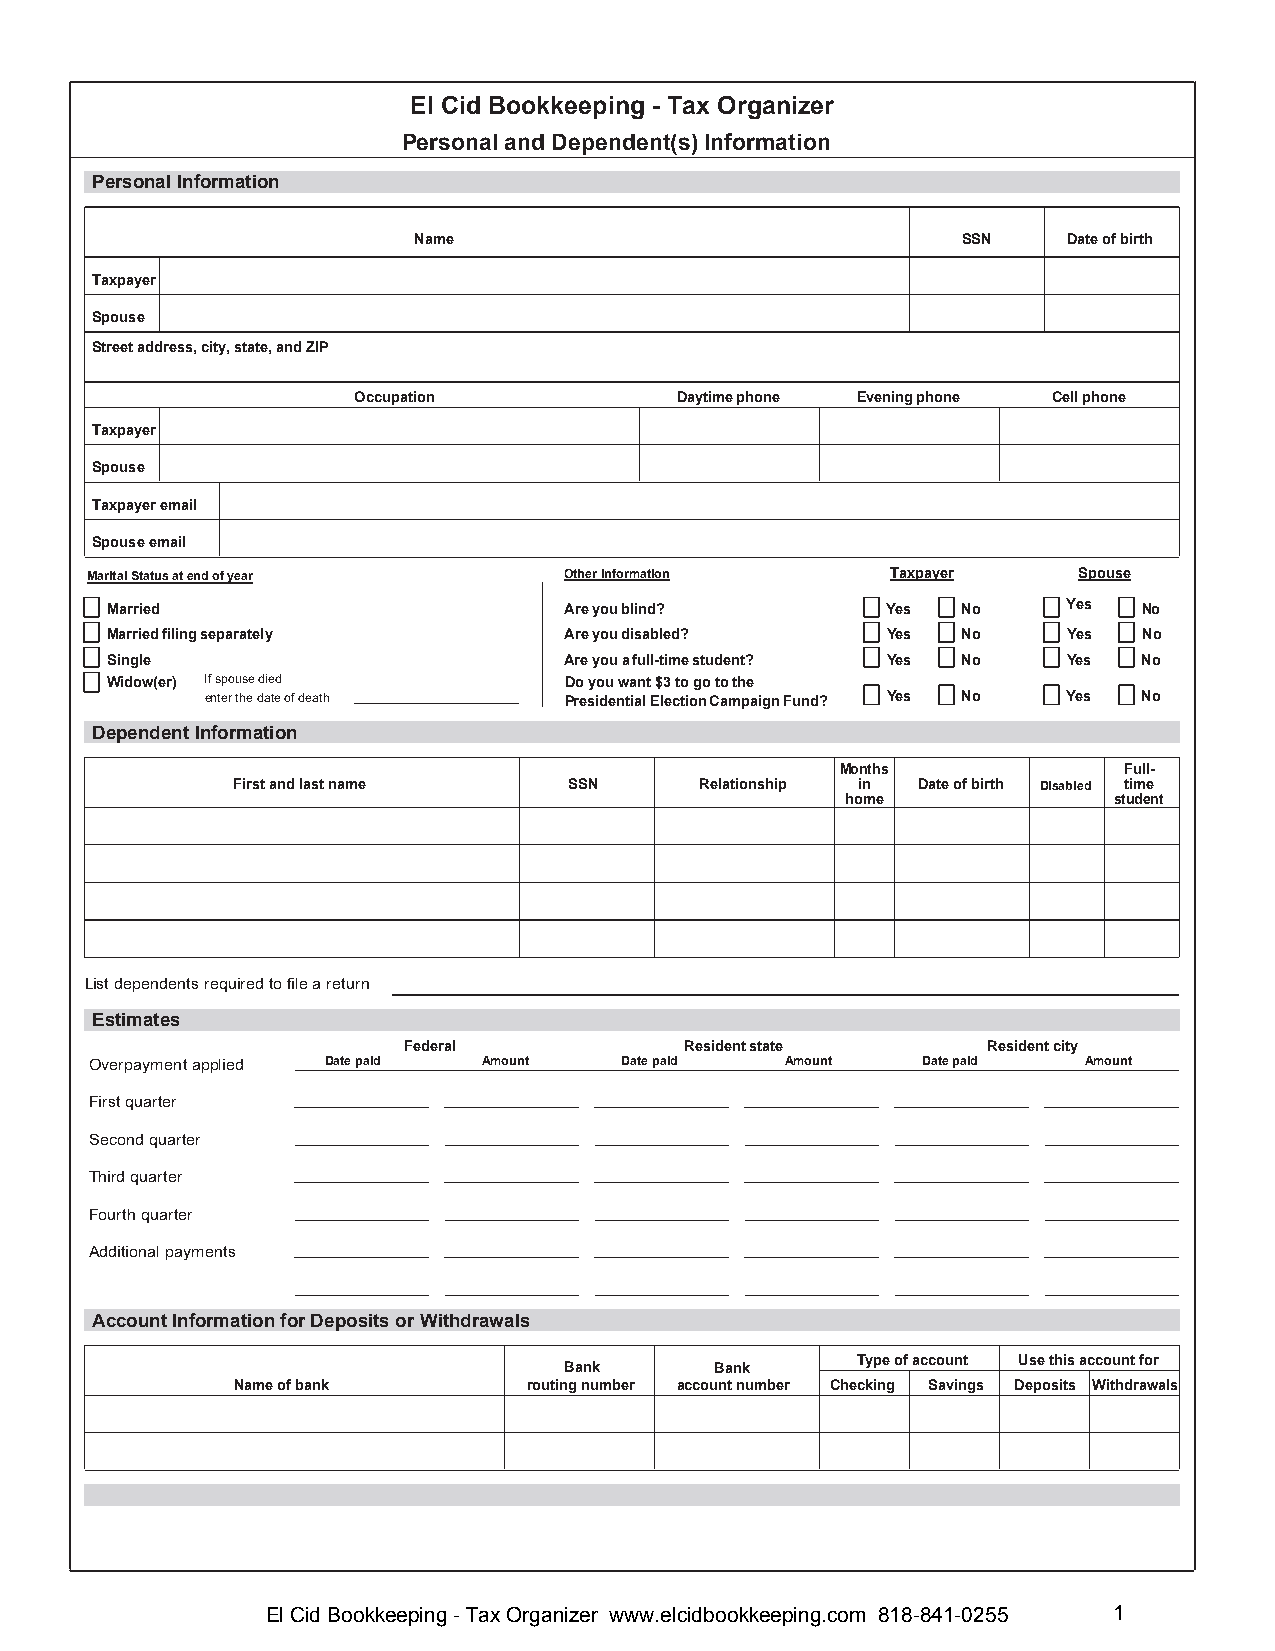
El Cid Bookkeeping - Tax Organizer
 Personal and Dependent(s) Information
 Personal Information
 Name                                 SSN    Date of birth
 Taxpayer
 Spouse
 Street address, city, state, and ZIP
 Occupation            Daytime phone Evening phone Cell phone
 Taxpayer
 Spouse
 Taxpayer email
 Spouse email
 Marital Status at end of year  Other information     Taxpayer    Spouse
 Married                       Are you blind?        Yes  No     Yes  No
 Married filing separately     Are you disabled?     Yes  No     Yes  No
 Single                        Are you a full-time student? Yes No Yes No
 Widow(er) If spouse died      Do you want $3 to go to the
 enter the date of death Presidential Election Campaign Fund? Yes No Yes No
 Dependent Information
 Months            Full-
 First and last name    SSN     Relationship in Date of birth Disabled time
 home              student
 List dependents required to file a return
 Estimates
 Federal           Residentstate       Residentcity
 Overpayment applied Date paid Amount Date paid Amount  Date paid  Amount
 First quarter
 Second quarter
 Third quarter
 Fourth quarter
 Additional payments
 Account Information for Deposits or Withdrawals
 Type of account Use this account for
 Bank      Bank
 Name of bank        routing number account number Checking Savings Deposits Withdrawals
 El Cid Bookkeeping - Tax Organizer www.elcidbookkeeping.com 818-841-0255 1